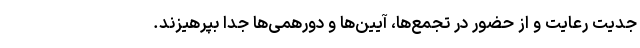
جدیت رعایت و از حضور در تجمع‌ها، آیین‌ها و دورهمی‌ها جدا بپرهیزند.